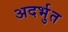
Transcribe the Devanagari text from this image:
अदर्भुत